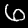
Digit: 6